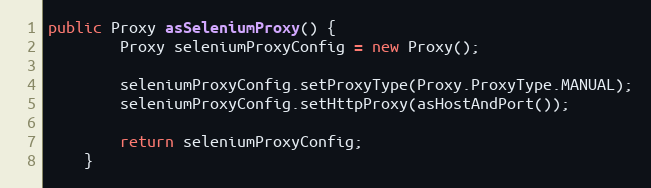
Language: Java
public Proxy asSeleniumProxy() {
        Proxy seleniumProxyConfig = new Proxy();

        seleniumProxyConfig.setProxyType(Proxy.ProxyType.MANUAL);
        seleniumProxyConfig.setHttpProxy(asHostAndPort());

        return seleniumProxyConfig;
    }